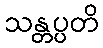
သန္တပ္ပတိ